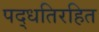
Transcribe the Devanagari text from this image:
पद्धतिरहित